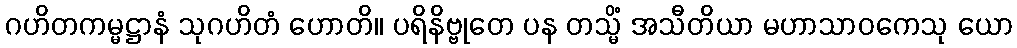
ဂဟိတကမ္မဋ္ဌာနံ သုဂဟိတံ ဟောတိ။ ပရိနိဗ္ဗုတေ ပန တသ္မိံ အသီတိယာ မဟာသာဝကေသု ယော